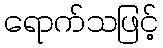
ရောက်သဖြင့်